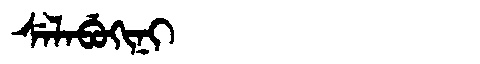
Manchu: ᠰᡝᠯᠠᠪᡠᡴᡳᠨᡳ
Romanization: SELABUKINI